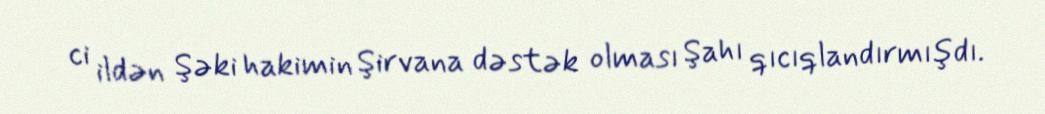
ci ildən Şəki hakimin Şirvana dəstək olması Şahı qıcıqlandırmışdı.